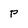
Character: P